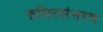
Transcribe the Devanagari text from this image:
रुधिरसंभरण